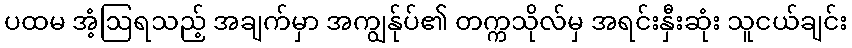
ပထမ အံ့ဩရသည့် အချက်မှာ အကျွန်ုပ်၏ တက္ကသိုလ်မှ အရင်းနှီးဆုံး သူငယ်ချင်း